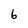
Character: 6